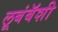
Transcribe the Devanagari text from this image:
लूबंबॅशी